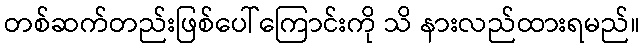
တစ်ဆက်တည်းဖြစ်ပေါ်ကြောင်းကို သိ နားလည်ထားရမည်။